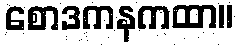
စောဒကနကထာ။